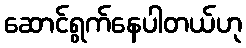
ဆောင်ရွက်နေပါတယ်ဟု